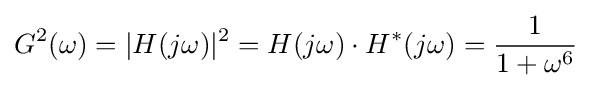
G^{2}(\omega )=|H(j\omega )|^{2}=H(j\omega )\cdot H^{*}(j\omega )={\frac {1}{1+\omega ^{6}}}